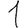
Digit: 1